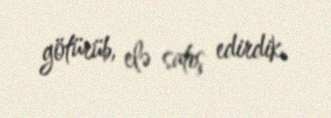
götürüb, elə satış edirdik.